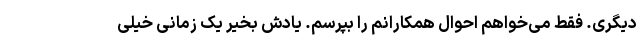
دیگری. فقط می‌خواهم احوال همکارانم را بپرسم. یادش بخیر یک زمانی خیلی